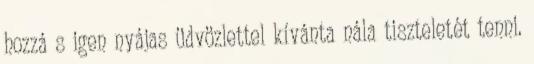
hozzá s igen nyájas üdvözlettel kívánta nála tiszteletét tenni.